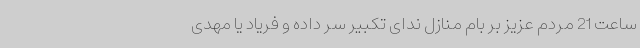
ساعت 21 مردم عزیز بر بام منازل ندای تکبیر سر داده و فریاد یا مهدی